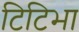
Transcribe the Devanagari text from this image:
टिटिभा